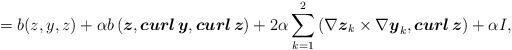
LaTeX: \begin{align*}=b(z,y,z)+\alpha b\left(\boldsymbol z, \boldsymbol{curl}\, \boldsymbol y,\boldsymbol{curl}\, \boldsymbol z\right)+2\alpha\sum_{k=1}^2\left(\nabla \boldsymbol z_k\times \nabla \boldsymbol y_k,\boldsymbol{curl}\,\boldsymbol z\right)+\alpha I,\end{align*}